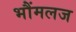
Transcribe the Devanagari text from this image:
भौंमलज